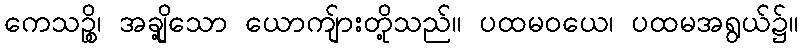
ကေသဉ္စိ၊ အချို့သော ယောကျ်ားတို့သည်။ ပထမဝယေ၊ ပထမအရွယ်၌။